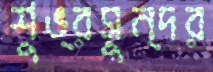
শুভ্রসুন্দর